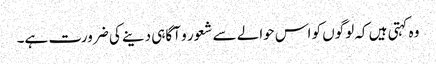
وہ کہتی ہیں کہ لوگوں کو اس حوالے سے شعور و آگاہی دینے کی ضرورت ہے۔